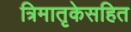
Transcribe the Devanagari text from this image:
त्रिमातृकेसहित